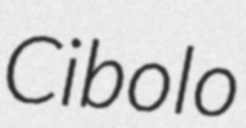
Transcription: Cibolo